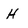
Character: H